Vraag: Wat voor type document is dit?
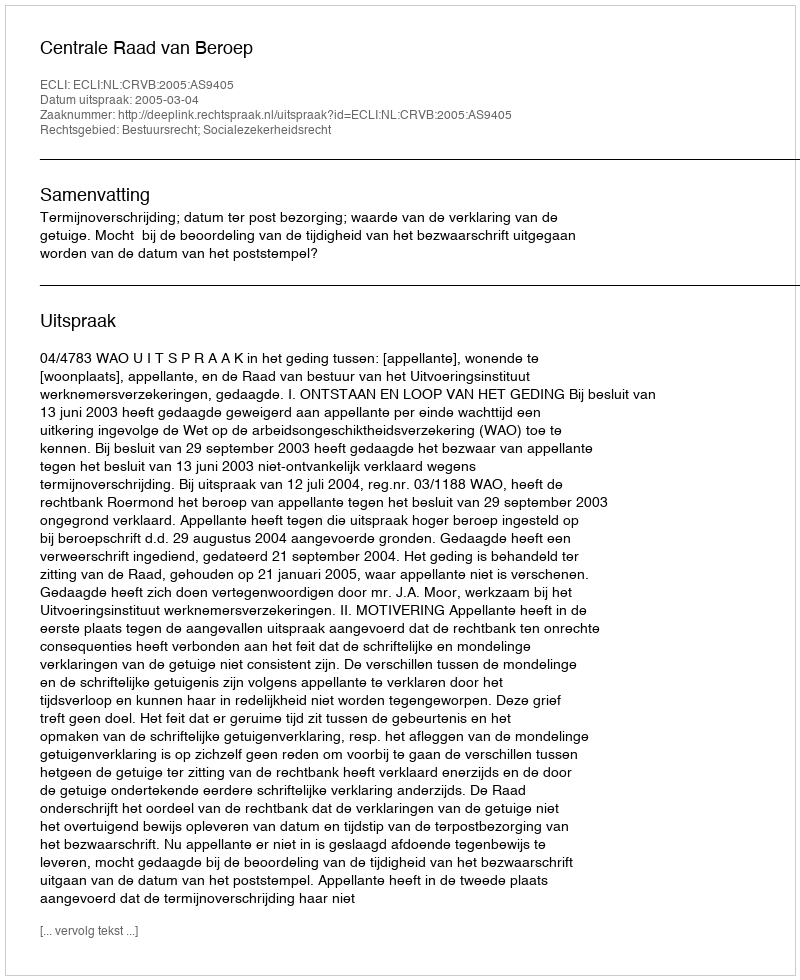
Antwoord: Uitspraak